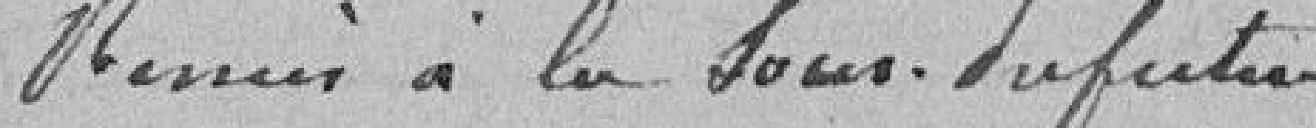
Remis à la Sous-Préfecture